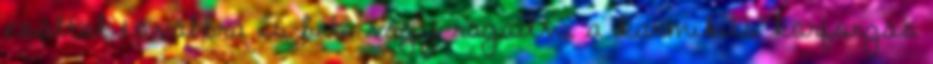
ezáltal továbbra is bele vagy ragadva a karmikus körforgás